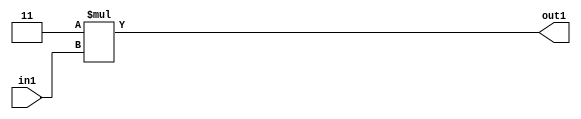
`timescale 1ps / 1ps
/*****************************************************************************
    Verilog RTL Description
    
    
    Created by: Stratus DpOpt 2019.1.01 
*******************************************************************************/

module GauFilter_Mul2i3u2_4 (
	in1,
	out1
	); /* architecture "behavioural" */ 
input [1:0] in1;
output [3:0] out1;
wire [3:0] asc001;

assign asc001 = 
	+(4'B0011 * in1);

assign out1 = asc001;
endmodule

/* CADENCE  urX4QwA= : u9/ySgnWtBlWxVPRXgAZ4Og= ** DO NOT EDIT THIS LINE ******/